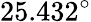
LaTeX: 25.432^{\circ}